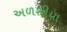
અળશીયા